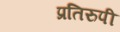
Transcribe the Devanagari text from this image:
प्रतिरुपी